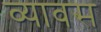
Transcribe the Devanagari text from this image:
व्यावस